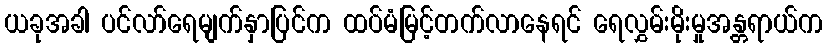
ယခုအခါ ပင်လာ်ရေမျက်နှာပြင်က ထပ်မံမြင့်တက်လာနေရင် ရေလွှမ်းမိုးမှုအန္တရာယ်က